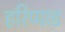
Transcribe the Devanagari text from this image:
हरिप्पाड